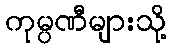
ကုမ္ပဏီများသို့